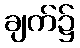
ချက်၌